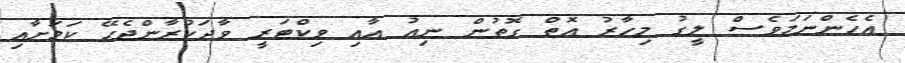
އެހެންނަމަވެސް ލީގު މިހާރު އޮތް ގޮތުން ނިއު އާއި ވިކްޓަރީ ވާދަކުރާންޖެހޭ ކަމަށާއި